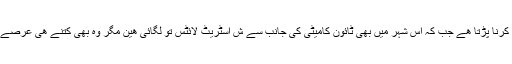
سڑکیں خراب ھونے سے شہریوں کو بہت مشکلات سے سفر کرنا پڑتا ھے جب کہ اس شہر میں بھی ٹائون کامیٹی کی جانب سے ش اسٹریٹ لائٹس تو لگائی ھین مگر وہ بھی کتنے ھی عرصے سے بند پڑیں ھیں جس سے شہر اندھارے کا بھی شکار ھے۔